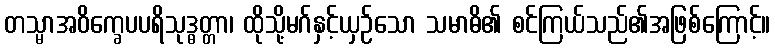
တသ္မာအဝိက္ခေပပရိသုဒ္ဓတ္တာ၊ ထိုသို့မဂ်နှင့်ယှဉ်သော သမာဓိ၏ စင်ကြယ်သည်၏အဖြစ်ကြောင့်။